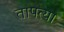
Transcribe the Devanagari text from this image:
तापत्या